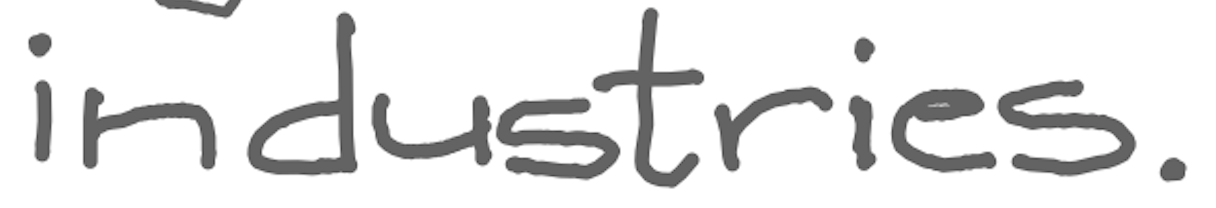
Text: industries.
Cross-out: clean
Writing tool: digital_gray